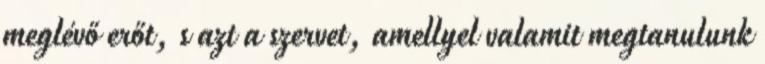
meglévő erőt, s azt a szervet, amellyel valamit megtanulunk